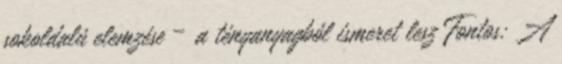
sokoldalú elemzése – a tényanyagból ismeret lesz Fontos: A